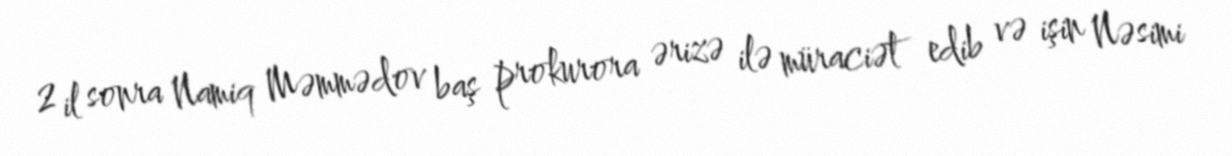
2 il sonra Namiq Məmmədov baş prokurora ərizə ilə müraciət edib və işin Nəsimi